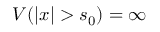
V ( | x | > s _ { 0 } ) = \infty